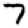
Digit: 7